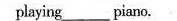
playing___piano,